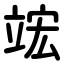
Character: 竤